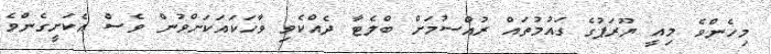
މިހެންވެ މިއީ ޔޫރަޕުގެ ގައުމުތައް ރުއްސުމަށް ބްލެޓާ ދެއްކެވި ވާހަކައަކަށްވުން ވެސް އެކަށީގެންވެ